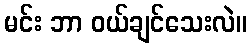
မင်း ဘာ ဝယ်ချင်သေးလဲ။